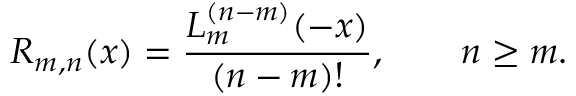
R _ { m , n } ( x ) = \frac { L _ { m } ^ { ( n - m ) } ( - x ) } { ( n - m ) ! } , \qquad n \ge m .